Report of veterinary surgeon J.H. Steel, A.V.D., on his investigation into an obscure and fatal disease among transport mules in British Burma
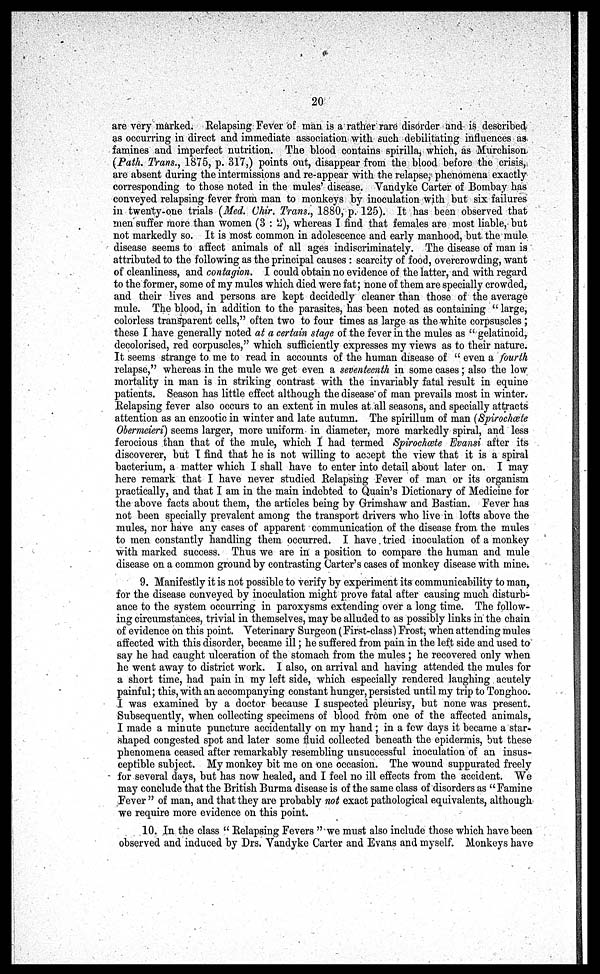
20
are very marked. Relapsing Fever of man is a rather rare disorder and is described
as occurring in direct and immediate association with such debilitating influences as
famines and imperfect nutrition. The blood contains spirilla, which, as Murchison
(Path. Trans., 1875, p. 317,) points out, disappear from the blood before the crisis,
are absent during the intermissions and re-appear with the relapse, phenomena exactly
corresponding to those noted in the mules' disease. Vandyke Carter of Bombay has
conveyed relapsing fever from man to monkeys by inoculation with but six failures
in twenty-one trials (Med. Chir. Trans., 1880, p. 125). It has been observed that
men suffer more than women (3 : 2), whereas I find that females are most liable, but
not markedly so. It is most common in adolescence and early manhood, but the mule
disease seems to affect animals of all ages indiscriminately. The disease of man is
attributed to the following as the principal causes : scarcity of food, overcrowding, want
of cleanliness, and contagion. I could obtain no evidence of the latter, and with regard
to the former, some of my mules which died were fat; none of them are specially crowded,
and their lives and persons are kept decidedly cleaner than those of the average
mule. The blood, in addition to the parasites, has been noted as containing " large,
colorless transparent cells," often two to four times as large as the white corpsuscles ;
these I have generally noted at a certain stage of the fever in the mules as " gelatinoid,
decolorised, red corpuscles," which sufficiently expresses my views as to their nature.
It seems strange to me to read in accounts of the human disease of " even a fourth
relapse," whereas in the mule we get even a seventeenth in some cases; also the low
mortality in man is in striking contrast with the invariably fatal result in equine
patients. Season has little effect although the disease' of man prevails most in winter.
Relapsing fever also occurs to an extent in mules at all seasons, and specially attracts
attention as an enzootic in winter and late autumn. The spirillum of man (Spirochæte
Obermeieri) seems larger, more uniform in diameter, more markedly spiral, and less
ferocious than that of the mule, which I had termed Spirochæte Evansi after its
discoverer, but I find that he is not willing to accept the view that it is a spiral
bacterium, a matter which I shall have to enter into detail about later on. I may
here remark that I have never studied Relapsing Fever of man or its organism
practically, and that I am in the main indebted to Quain's Dictionary of Medicine for
the above facts about them, the articles being by Grimshaw and Bastian. Fever has
not been specially prevalent among the transport drivers who live in lofts above the
mules, nor have any cases of apparent communication of the disease from the mules
to men constantly handling them occurred. I have tried inoculation of a monkey
with marked success. Thus we are in a position to compare the human and mule
disease on a common ground by contrasting Carter's cases of monkey disease with mine.
9. Manifestly it is not possible to verify by experiment its communicability to man,
for the disease conveyed by inoculation might prove fatal after causing much disturb-
ance to the system occurring in paroxysms extending over a long time. The follow-
ing circumstances, trivial in themselves, may be alluded to as possibly links in the chain
of evidence on this point. Veterinary Surgeon (First-class) Frost; when attending mules
affected with this disorder, became ill; he suffered from pain in the left side and used to
say he had caught ulceration of the stomach from the mules ; he recovered only when
he went away to district work. I also, on arrival and having attended the mules for
a short time, had pain in my left side, which especially rendered laughing acutely
painful; this, with an accompanying constant hunger, persisted until my trip to Tonghoo.
I was examined by a doctor because I suspected pleurisy, but none was present.
Subsequently, when collecting specimens of blood from one of the affected animals,
I made a minute puncture accidentally on my hand ; in a few days it became a star-
shaped congested spot and later some fluid collected beneath the epidermis, but these
phenomena ceased after remarkably resembling unsuccessful inoculation of an insus-
ceptible subject. My monkey bit me on one occasion. The wound suppurated freely
for several days, but has now healed, and I feel no ill effects from the accident. We
may conclude that the British Burma disease is of the same class of disorders as "Famine
Fever " of man, and that they are probably not exact pathological equivalents, although
we require more evidence on this point.
10. In the class " Relapsing Fevers " we must also include those which have been
observed and induced by Drs. Vandyke Carter and Evans and myself. Monkeys have